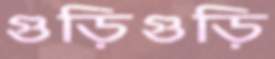
গুড়িগুড়ি